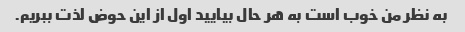
به نظر من خوب است به هر حال بیایید اول از این حوض لذت ببریم.